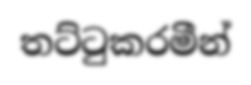
තට්ටුකරමීන්